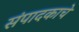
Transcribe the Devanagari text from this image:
संपादकाचे